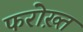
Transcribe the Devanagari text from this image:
फरोख़्त